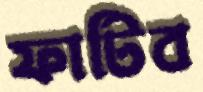
ফাটিব